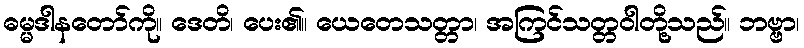
ဓမ္မဒါနတော်ကို။ ဒေတိ၊ ပေး၏။ ယေတေသတ္တာ၊ အကြင်သတ္တဝါတို့သည်။ ဘဗ္ဗာ၊